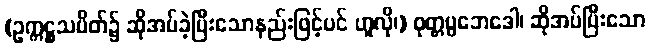
(ဥက္ကဋ္ဌသပိတ်၌ ဆိုအပ်ခဲ့ပြီးသောနည်းဖြင့်ပင် ဟူလို၊) ဝုတ္တပ္ပဘေဒေါ၊ ဆိုအပ်ပြီးသော